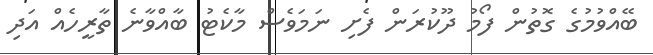
ބޭއްވުމުގެ ގޮތުން ފޯމު ދޫކުރަން ފެށި ނަމަވެސް މާކެޓު ބާއްވާނެ ތާރީހެއް އަދި